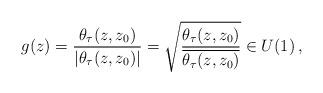
LaTeX: \begin{align*}g (z) = \frac{\theta_\tau (z,z_0)}{|\theta_\tau(z,z_0)|} = \sqrt{\frac{\theta_\tau(z,z_0)}{\overline{\theta_\tau(z,z_0)}}} \in U(1) \, ,\end{align*}